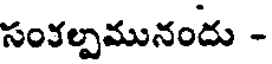
సంకల్పమునందు -